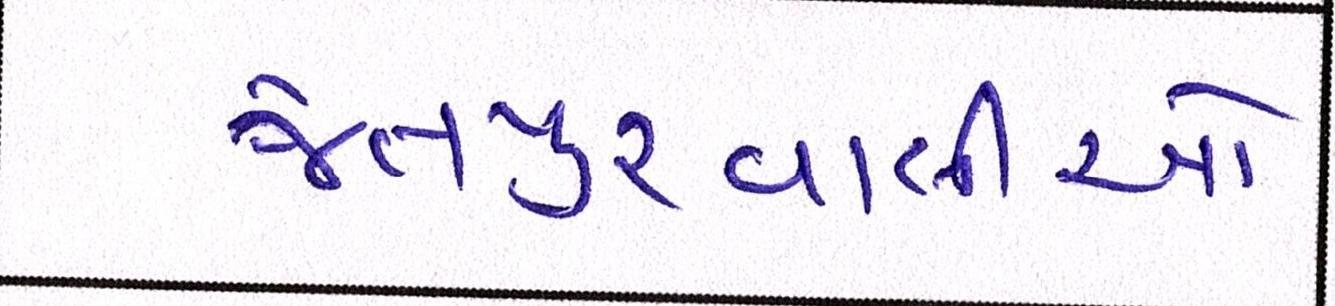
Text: જેતપુરવાસીઓ